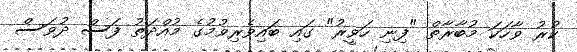
ކުރު ވާހަކަ މުބާރާތް "ފިނި ހަވީރު" ގައި ބައިވެރިވުމުގެ މުއްދަތު ފަސް ދުވަސް